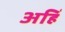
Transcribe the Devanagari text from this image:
अहिं